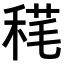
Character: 𥟪